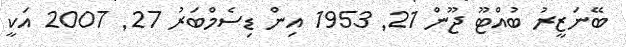
ބޭނަޒީރު ބުއްޓޫ ޖޫން 21